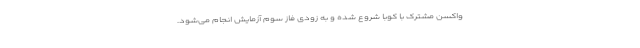
واکسن مشترک با کوبا شروع شده و به زودی فاز سوم آزمایش انجام می‌شود.